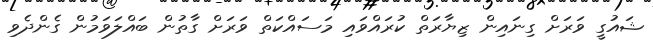
ޝައުގީ ވަރަށް ގިނައިން ޒިޔާރަތް ކުރައްވައި މަސައްކަތް ވަރަށް ގާތުން ބައްލަވަމުން ގެންދެވި